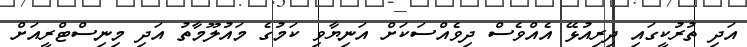
އަދި ތުރުކީގައި ދިރިއުޅޭ އެއްވެސް ދިވެއްސަކަށް އަނިޔާވި ކަމުގެ މައުލޫމާތު އަދި މިނިސްޓްރީއަށް